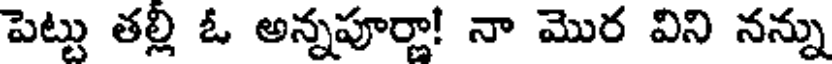
పెట్టు తల్లి ఓ అన్నపూర్ణా! నా మొర విని నన్ను